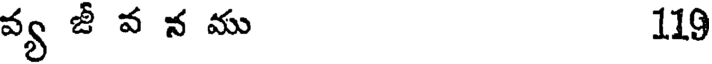
వ్య జీ వ న ము 119